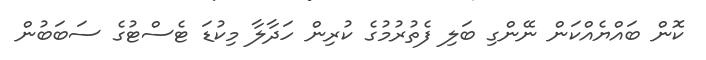
ކޮން ބައްޔެއްކަން ނޭންގި ބަލި ފެތުރުމުގެ ކުރިން ހަދާލާ މިކުޑަ ޓެސްޓުގެ ސަބަބުން